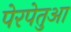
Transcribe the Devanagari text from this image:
पेरपेतुआ